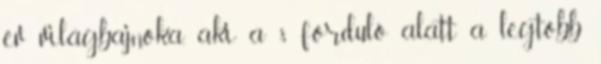
év világbajnoka, aki a 8 forduló alatt a legtöbb